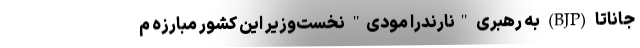
جاناتا (BJP) به رهبری "نارندرا مودی" نخست‌‌وزیر این کشور مبارزه م